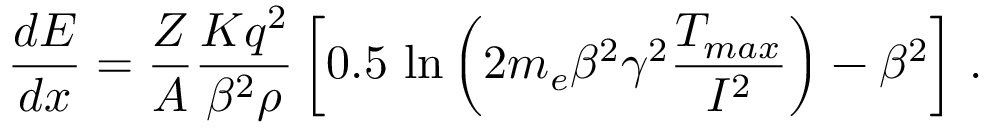
\frac { d E } { d x } = \frac { Z } { A } \frac { K q ^ { 2 } } { \beta ^ { 2 } \rho } \left[ 0 . 5 \, \ln \left( 2 m _ { e } \beta ^ { 2 } \gamma ^ { 2 } \frac { T _ { m a x } } { I ^ { 2 } } \right) - \beta ^ { 2 } \right] \, .